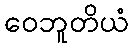
ဝေဘူတိယံ